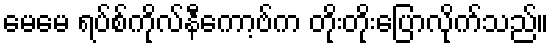
မေမေ ရပ်စ်ကိုလ်နီကော့ဗ်က တိုးတိုးပြောလိုက်သည်။